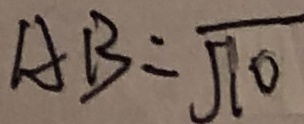
A B = \sqrt { 1 0 }